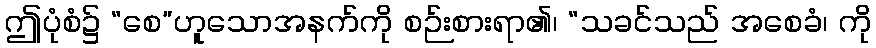
ဤပုံစံ၌ “စေ”ဟူသောအနက်ကို စဉ်းစားရာ၏၊ “သခင်သည် အစေခံ၊ ကို